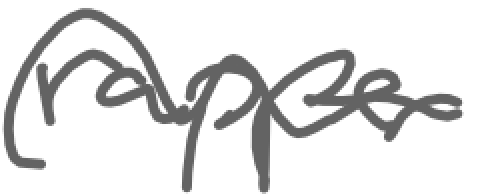
Text: rapper
Cross-out: wave
Writing tool: digital_gray